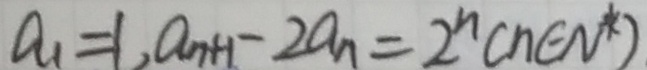
a _ { 1 } = 1 , a _ { n + 1 } - 2 a _ { n } = 2 ^ { n } ( n \in N ^ { \ast } )